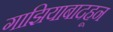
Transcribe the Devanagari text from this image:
गाझियाबादहून